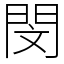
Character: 閔